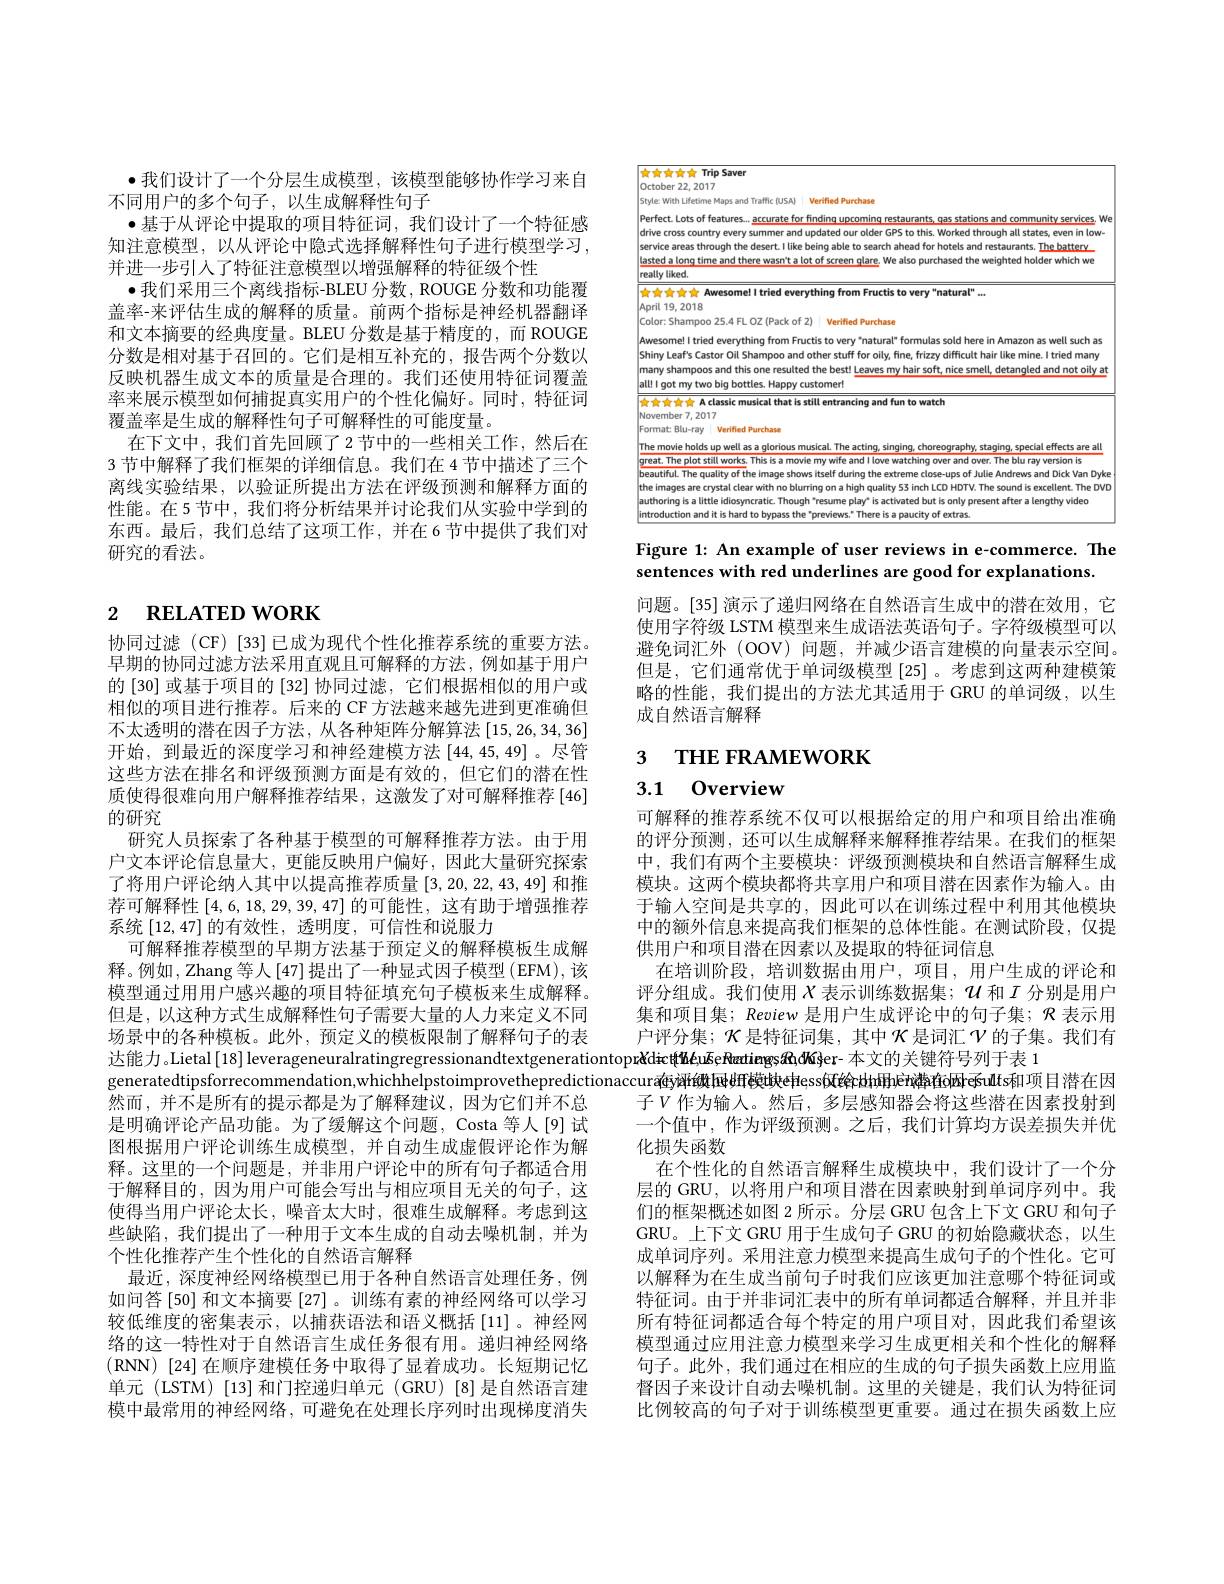
$\bullet$我们设计了一个分层生成模型，该模型能够协作学习来自
不同用户的多个句子，以生成解释性句子
·基于从评论中提取的项目特征词，我们设计了一个特征感知注意模型，以从评论中隐式选择解释性句子进行模型学习， 并进一步引入了特征注意模型以增强解释的特征级个性
$\bullet$我们采用三个离线指标-BLEU 分数，ROUGE 分数和功能覆盖率-来评估生成的解释的质量。前两个指标是神经机器翻译和文本摘要的经典度量。BLEU 分数是基于精度的，而 ROUGE 分数是相对基于召回的。它们是相互补充的，报告两个分数以反映机器生成文本的质量是合理的。我们还使用特征词覆盖率来展示模型如何捕捉真实用户的个性化偏好。同时，特征词覆盖率是生成的解释性句子可解释性的可能度量。
在下文中，我们首先回顾了2节中的一些相关工作，然后在3 节中解释了我们框架的详细信息。我们在 4 节中描述了三个离线实验结果，以验证所提出方法在评级预测和解释方面的性能。在5节中，我们将分析结果并讨论我们从实验中学到的东西。最后，我们总结了这项工作，并在 6 节中提供了我们对研究的看法。

# 2 $\textbf{RELATED WORK}$

协同过滤(CF)[33]已成为现代个性化推荐系统的重要方法。早期的协同过滤方法采用直观且可解释的方法，例如基于用户的 [30] 或基于项目的 [32] 协同过滤，它们根据相似的用户或相似的项目进行推荐。后来的 CF 方法越来越先进到更准确但不太透明的潜在因子方法，从各种矩阵分解算法[15,26,34,36] 开始，到最近的深度学习和神经建模方法[44,45,49]。尽管这些方法在排名和评级预测方面是有效的，但它们的潜在性质使得很难向用户解释推荐结果，这激发了对可解释推荐[46] 的研究
研究人员探索了各种基于模型的可解释推荐方法。由于用户文本评论信息量大，更能反映用户偏好，因此大量研究探索了将用户评论纳人其中以提高推荐质量[3,20,22,43,49]和推荐可解释性[4,6,18,29,39,47]的可能性，这有助于增强推荐系统[12,47]的有效性，透明度，可信性和说服力
可解释推荐模型的早期方法基于预定义的解释模板生成解释。例如，Zhang 等人[47]提出了一种显式因子模型 (EFM), 该模型通过用用户感兴趣的项目特征填充句子模板来生成解释。但是，以这种方式生成解释性句子需要大量的人力来定义不同场景中的各种模板。此外，预定义的模板限制了解释句子的表达能力。Lietal[18] leverageneuralratingregressionandtextgenerationtoprčdierțhéyāeRentiengs$d$h,dKfer- 本文的关键符号列于表 1
generatedtipsforrecommendation,whichhelpstoimprovethepredictionaccurág评做hdH模映ehess饭é$\phi rkh拥eri楼在shbresults和项目潜在因$
然而，并不是所有的提示都是为了解释建议，因为它们并不总是明确评论产品功能。为了缓解这个问题，Costa 等人[9]试图根据用户评论训练生成模型，并自动生成虚假评论作为解释。这里的一个问题是，并非用户评论中的所有句子都适合用于解释目的，因为用户可能会写出与相应项目无关的句子，这使得当用户评论太长，噪音太大时，很难生成解释。考虑到这些缺陷，我们提出了一种用于文本生成的自动去噪机制，并为个性化推荐产生个性化的自然语言解释
最近，深度神经网络模型已用于各种自然语言处理任务，例如问答[50] 和文本摘要 [27] 。训练有素的神经网络可以学习较低维度的密集表示，以捕获语法和语义概括[11]。神经网络的这一特性对于自然语言生成任务很有用。递归神经网络(RNN)[24]在顺序建模任务中取得了显着成功。长短期记忆单元 (LSTM) [13] 和门控递归单元 (GRU) [8] 是自然语言建模中最常用的神经网络，可避免在处理长序列时出现梯度消失

<FigureHere>

Figure 1: An example of user reviews in e-commerce. The
sentences with red underlines are good for explanations.

问题。[35] 演示了递归网络在自然语言生成中的潜在效用，它使用字符级 LSTM 模型来生成语法英语句子。字符级模型可以避免词汇外 (OOV) 问题，并减少语言建模的向量表示空间。但是，它们通常优于单词级模型[25] 。考虑到这两种建模策略的性能，我们提出的方法尤其适用于 GRU 的单词级，以生成自然语言解释

3 THE FRAMEWORK

# 3.1 Overview

可解释的推荐系统不仅可以根据给定的用户和项目给出准确的评分预测，还可以生成解释来解释推荐结果。在我们的框架中，我们有两个主要模块：评级预测模块和自然语言解释生成模块。这两个模块都将共享用户和项目潜在因素作为输入。由于输人空间是共享的，因此可以在训练过程中利用其他模块中的额外信息来提高我们框架的总体性能。在测试阶段，仅提供用户和项目潜在因素以及提取的特征词信息
在培训阶段，培训数据由用户，项目，用户生成的评论和评分组成。我们使用$\chi$表示训练数据集；$\mathcal{U}$和$I$分别是用户集和项目集；Review 是用户生成评论中的句子集；$\mathcal{R}$表示用户评分集；$\mathcal{K}$是特征词集，其中$\mathcal{K}$是词汇$\mathcal{V}$的子集。我们有子$V$ 作为输入。然后，多层感知器会将这些潜在因素投射到一个值中，作为评级预测。之后，我们计算均方误差损失并优化损失函数
在个性化的自然语言解释生成模块中，我们设计了一个分层的 GRU, 以将用户和项目潜在因素映射到单词序列中。我们的框架概述如图 2 所示。分层 GRU 包含上下文 GRU 和句子GRU。上下文 GRU 用于生成句子 GRU 的初始隐藏状态，以生成单词序列。采用注意力模型来提高生成句子的个性化。它可以解释为在生成当前句子时我们应该更加注意哪个特征词或特征词。由于并非词汇表中的所有单词都适合解释，并且并非所有特征词都适合每个特定的用户项目对，因此我们希望该模型通过应用注意力模型来学习生成更相关和个性化的解释句子。此外，我们通过在相应的生成的句子损失函数上应用监督因子来设计自动去噪机制。这里的关键是，我们认为特征词比例较高的句子对于训练模型更重要。通过在损失函数上应